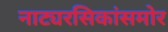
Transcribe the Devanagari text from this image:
नाट्यरसिकांसमोर